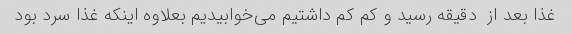
غذا بعد از  دقیقه رسید و کم کم داشتیم می‌خوابیدیم بعلاوه اینکه غذا سرد بود